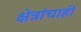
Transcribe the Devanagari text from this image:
क्षेत्रांचाही